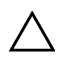
\triangle